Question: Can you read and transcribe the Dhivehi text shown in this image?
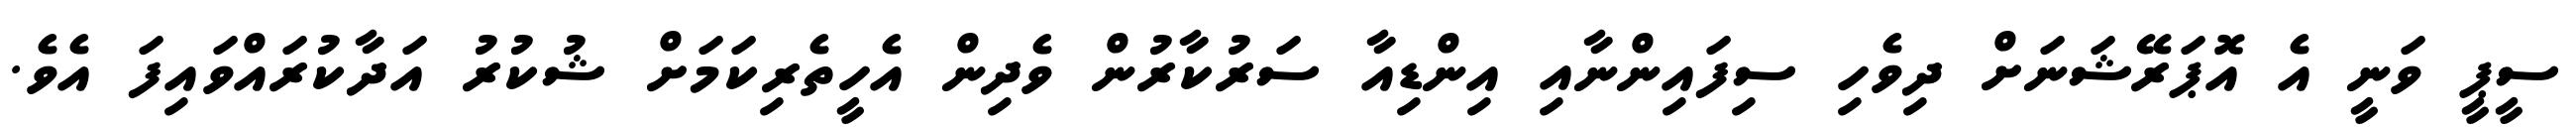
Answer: ސީޕީ ވަނީ އެ އޮޕަރޭޝަނަށް ދިވެހި ސިފައިންނާއި އިންޑިއާ ސަރުކާރުން ވެދިން އެހީތެރިކަމަށް ޝުކުރު އަދާކުރައްވައިފަ އެވެ.